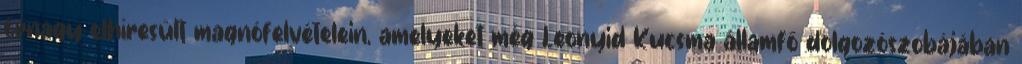
őrnagy elhíresült magnófelvételein, amelyeket még Leonyid Kucsma államfő dolgozószobájában